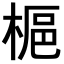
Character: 𪲲